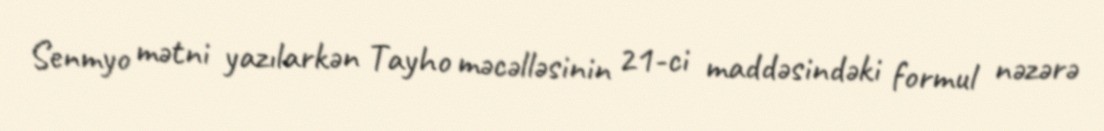
Senmyo mətni yazılarkən Tayho məcəlləsinin 21-ci maddəsindəki formul nəzərə